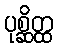
ပုစ္ဆိတ္ထ